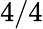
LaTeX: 4/4